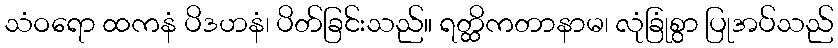
သံဝရော ထကနံ ပိဒဟနံ၊ ပိတ်ခြင်းသည်။ ရတ္ထိကတာနာမ၊ လုံခြုံစွာ ပြုအပ်သည်